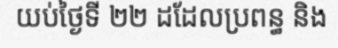
យប់ថ្ងៃទី ២២ ដដែលប្រពន្ធ និង